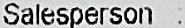
SALESPERSON: